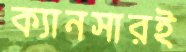
ক্যানসারই